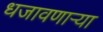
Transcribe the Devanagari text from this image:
धजावणाऱ्या